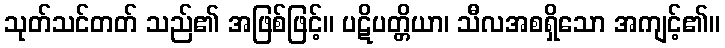
သုတ်သင်တတ် သည်၏ အဖြစ်ဖြင့်။ ပဋိပတ္တိယာ၊ သီလအစရှိသော အကျင့်၏။